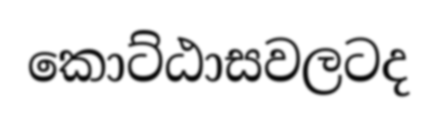
කොට්ඨාසවලටද